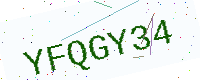
Text: YFQGY34